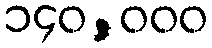
၁၄၀,၀၀၀